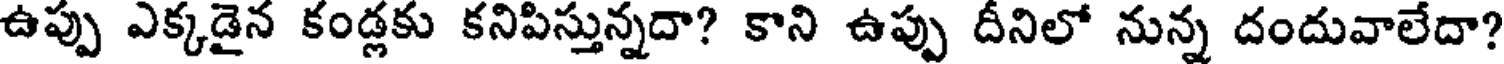
ఉప్పు ఎక్కడైన కండ్లకు కనిపిస్తున్నదా? కాని ఉప్పు దీనిలో నున్న దందువాలేదా?